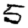
Digit: 5